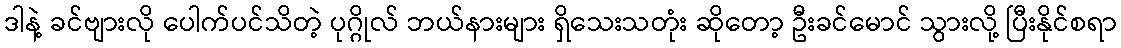
ဒါနဲ့ ခင်ဗျားလို ပေါက်ပင်သိတဲ့ ပုဂ္ဂိုလ် ဘယ်နားများ ရှိသေးသတုံး ဆိုတော့ ဦးခင်မောင် သွားလို့ ပြီးနိုင်စရာ